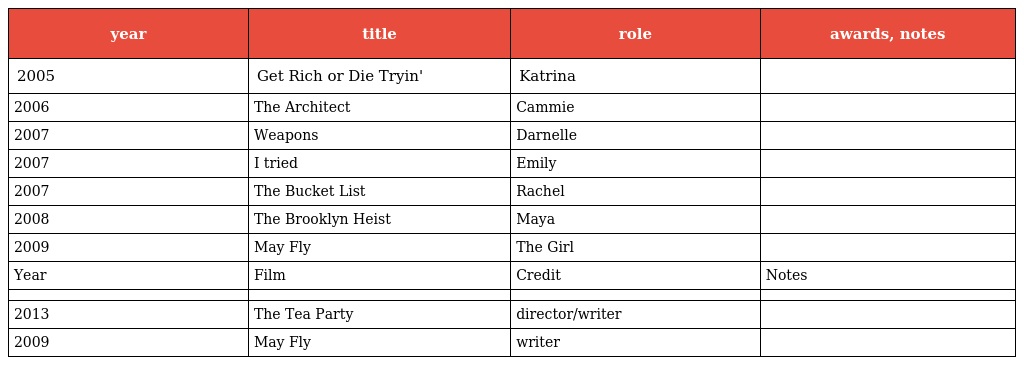
| year | title | role | awards, notes |
 | --- | --- | --- | --- |
 | 2005 | Get Rich or Die Tryin' | Katrina |  |
 | 2006 | The Architect | Cammie |  |
 | 2007 | Weapons | Darnelle |  |
 | 2007 | I tried | Emily |  |
 | 2007 | The Bucket List | Rachel |  |
 | 2008 | The Brooklyn Heist | Maya |  |
 | 2009 | May Fly | The Girl |  |
 | Year | Film | Credit | Notes |
 |  |  |  |  |
 | 2013 | The Tea Party | director/writer |  |
 | 2009 | May Fly | writer |  |